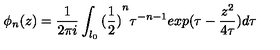
\phi _ { n } ( z ) = \frac { 1 } { 2 \pi i } \int _ { l _ { 0 } } { ( \frac { 1 } { 2 } ) } ^ { n } \tau ^ { - n - 1 } e x p ( \tau - \frac { z ^ { 2 } } { 4 \tau } ) d \tau